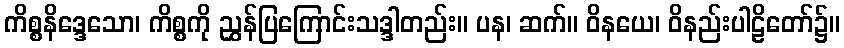
ကိစ္စနိဒ္ဒေသော၊ ကိစ္စကို ညွှန်ပြကြောင်းသဒ္ဒါတည်း။ ပန၊ ဆက်။ ဝိနယေ၊ ဝိနည်းပါဠိတော်၌။